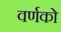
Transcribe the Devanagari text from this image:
वर्णको